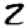
Digit: 2